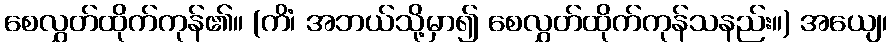
စေလွှတ်ထိုက်ကုန်၏။ (ကိံ၊ အဘယ်သို့မှာ၍ စေလွှတ်ထိုက်ကုန်သနည်း။) အယျေ၊